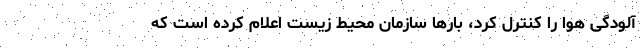
آلودگی هوا را کنترل کرد، بار‌ها سازمان محیط زیست اعلام کرده است که